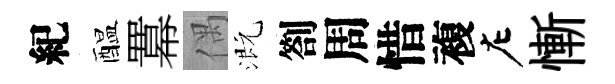
紀醖羃偶溉劄周惜複左慚